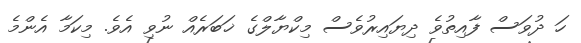
ހަ ދުވަސް ފާއިތުވެ ދިޔައިރުވެސް މިކްޔާލްގެ ޚަބަރެއް ނުވި އެވެ. މިކަމާ އެންމެ